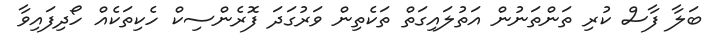
ބަލާ ފާސް ކުރި ތަންތަނުން އަތުލައިގަތް ތަކެތިން ވަރުގަދަ ފޮރެންސިކް ހެކިތަކެއް ހޯދިފައިވާ